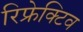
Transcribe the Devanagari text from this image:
रिफ्रेक्टिव